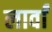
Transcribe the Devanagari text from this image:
लार्वां